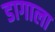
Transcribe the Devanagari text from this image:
डागाला